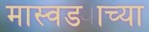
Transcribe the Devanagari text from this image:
मास्वड्याच्या